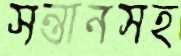
সন্তানসহ